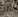
كل